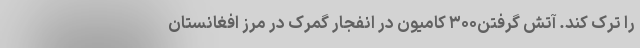
را ترک کند. آتش گرفتن۳۰۰ کامیون در انفجار گمرک در مرز افغانستان -